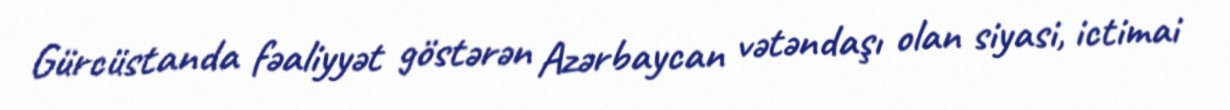
Gürcüstanda fəaliyyət göstərən Azərbaycan vətəndaşı olan siyasi, ictimai